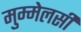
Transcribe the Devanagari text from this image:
मुम्मेलसी